Veterinary regulations India, 1935 -
Year: 1935
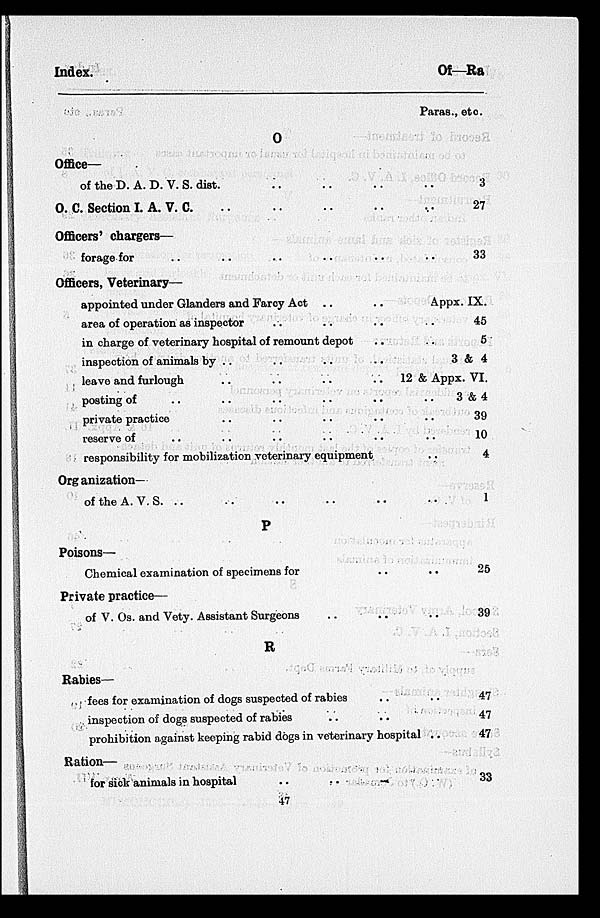
Index.
Of—Ra
O
Office—
of the D. A. D. V. S. dist. .. .. .. ..
O. C. Section I. A. V. C. .. .. .. ..
Officers' chargers—
forage for .. .. .. .. .. ..
Officers, Veterinary—
appointed under Glanders and Farcy Act .. ..
area of operation as inspector .. .. ..
in charge of veterinary hospital of remount depot .. ..
inspection of animals by .. .. .. ..
leave and furlough
..
..
..
posting of .. .. .. .. .. ..
pivate practice .. .. .. .. .. ..
reserve of .. .. .. .. .. ..
responsibility for mobilization veterinary equipment.
Organization—
of the A. V. S. .. .. .. ..
P
Poisons—
Chemical examination of specimens for .. ..
Private practice—
of V. Os. and Vety. Assistant Surgeons .. .. ..
R
Rabies—
fees for examination of dogs suspected of rabies .. ..
inspection of dogs suspected of rabies .. ..
prohibition against keeping rabid dogs in veterinary hospital
Ration—
for sick animals in hospital
..
.. ..
Paras., etc.
..
..
..
3
27
33
Appx. IX.
..
..
45
5
3& 4
12& Appx. VI.
3 & 4
..
..
..
..
..
..
..
..
..
39
10
4
1
25
39
47
47
47
33
47